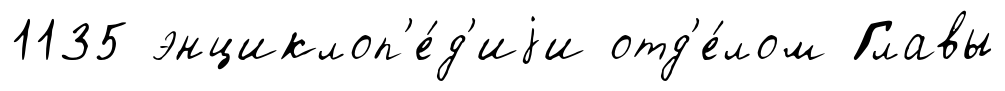
1135 энциклоп'е́д'иjи отд'е́лом Главы